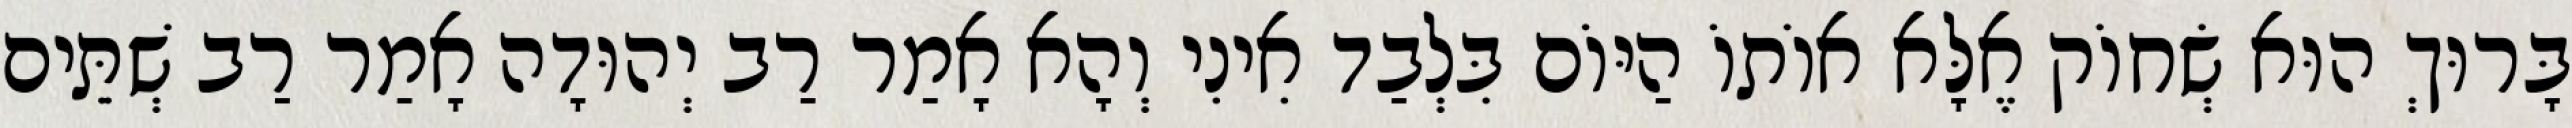
בָּרוּךְ הוּא שְׂחוֹק אֶלָּא אוֹתוֹ הַיּוֹם בִּלְבַד אִינִי וְהָא אָמַר רַב יְהוּדָה אָמַר רַב שְׁתֵּים